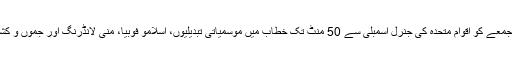
خیال رہے کہ پاکستان کے وزیر اعظم نے جمعے کو اقوام متحدہ کی جنرل اسمبلی سے 50 منٹ تک خطاب میں موسمیاتی تبدیلیوں، اسلامو فوبیا، منی لانڈرنگ اور جموں و کشمیر کی صورتِ حال پر اظہار خیال کیا تھا۔